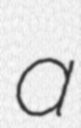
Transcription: a